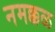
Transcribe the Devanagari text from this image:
नमक्कळ